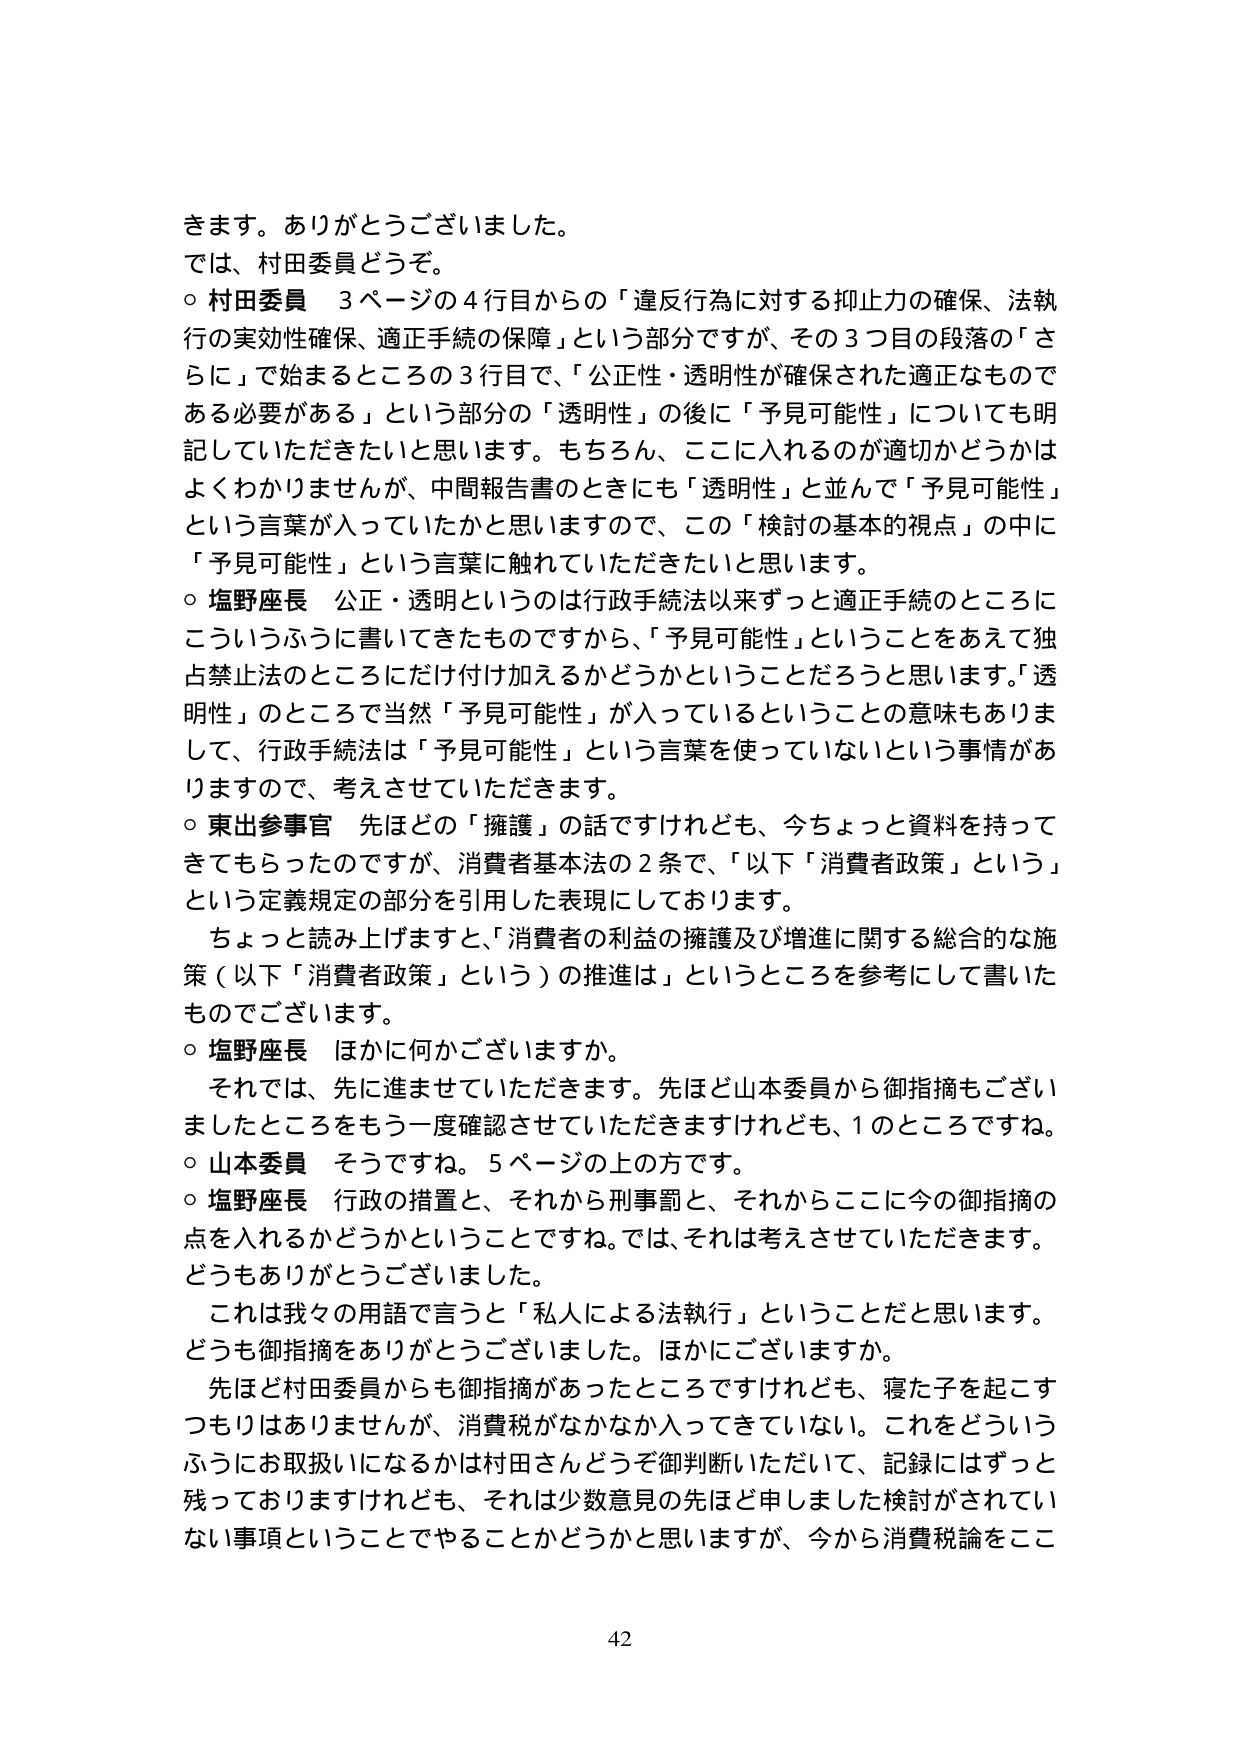
きます。ありがとうございました。
では、村田委員どうぞ。
○ 村田委員 3ページの4行目からの「違反行為に対する抑止力の確保、法執行の実効性確保、適正手続の保障」という部分ですが、その3つ目の段落の「さらに」で始まるところの3行目で、「公正性・透明性が確保された適正なものである必要がある」という部分の「透明性」の後に「予見可能性」についても明記していただきたいと思います。もちろん、ここに入れるのが適切かどうかはよくわかりませんが、中間報告書のときにも「透明性」と並んで「予見可能性」という言葉が入っていたかと思いますので、この「検討の基本的視点」の中に「予見可能性」という言葉に触れていただきたいと思います。
○ 塩野座長 公正・透明というのは行政手続法以来ずっと適正手続のところにこういうふうに書いてきたものですから、「予見可能性」ということをあえて独占禁止法のところにだけ付け加えるかどうかということだろうと思います。「透明性」のところで当然「予見可能性」が入っているということの意味もありまして、行政手続法は「予見可能性」という言葉を使っていないという事情がありますので、考えさせていただきます。
○ 東出参事官 先ほどの「擁護」の話ですけれども、今ちょっと資料を持ってきてもらったのですが、消費者基本法の2条で、「以下「消費者政策」という」という定義規定の部分を引用した表現にしております。
　ちょっと読み上げますと、「消費者の利益の擁護及び増進に関する総合的な施策（以下「消費者政策」という）の推進は」というところを参考にして書いたものでございます。
○ 塩野座長 ほかに何かございますか。
　それでは、先に進ませていただきます。先ほど山本委員から御指摘もございましたところをもう一度確認させていただきますけれども、1のところですね。
○ 山本委員 そうですね。5ページの上の方です。
○ 塩野座長 行政の措置と、それから刑事罰と、それからここに今の御指摘の点を入れるかどうかということですね。では、それは考えさせていただきます。どうもありがとうございました。
　これは我々の用語で言うと「私人による法執行」ということだと思います。どうも御指摘をありがとうございました。ほかにございますか。
　先ほど村田委員からも御指摘があったところですけれども、寝た子を起こすつもりはありませんが、消費税がなかなか入ってきていない。これをどういうふうにお取扱いになるかは村田さんどうぞ御判断いただいて、記録にはずっと残っておりますけれども、それは少数意見の先ほど申しました検討がされていない事項ということでやることかどうかと思いますが、今から消費税論をここ

42